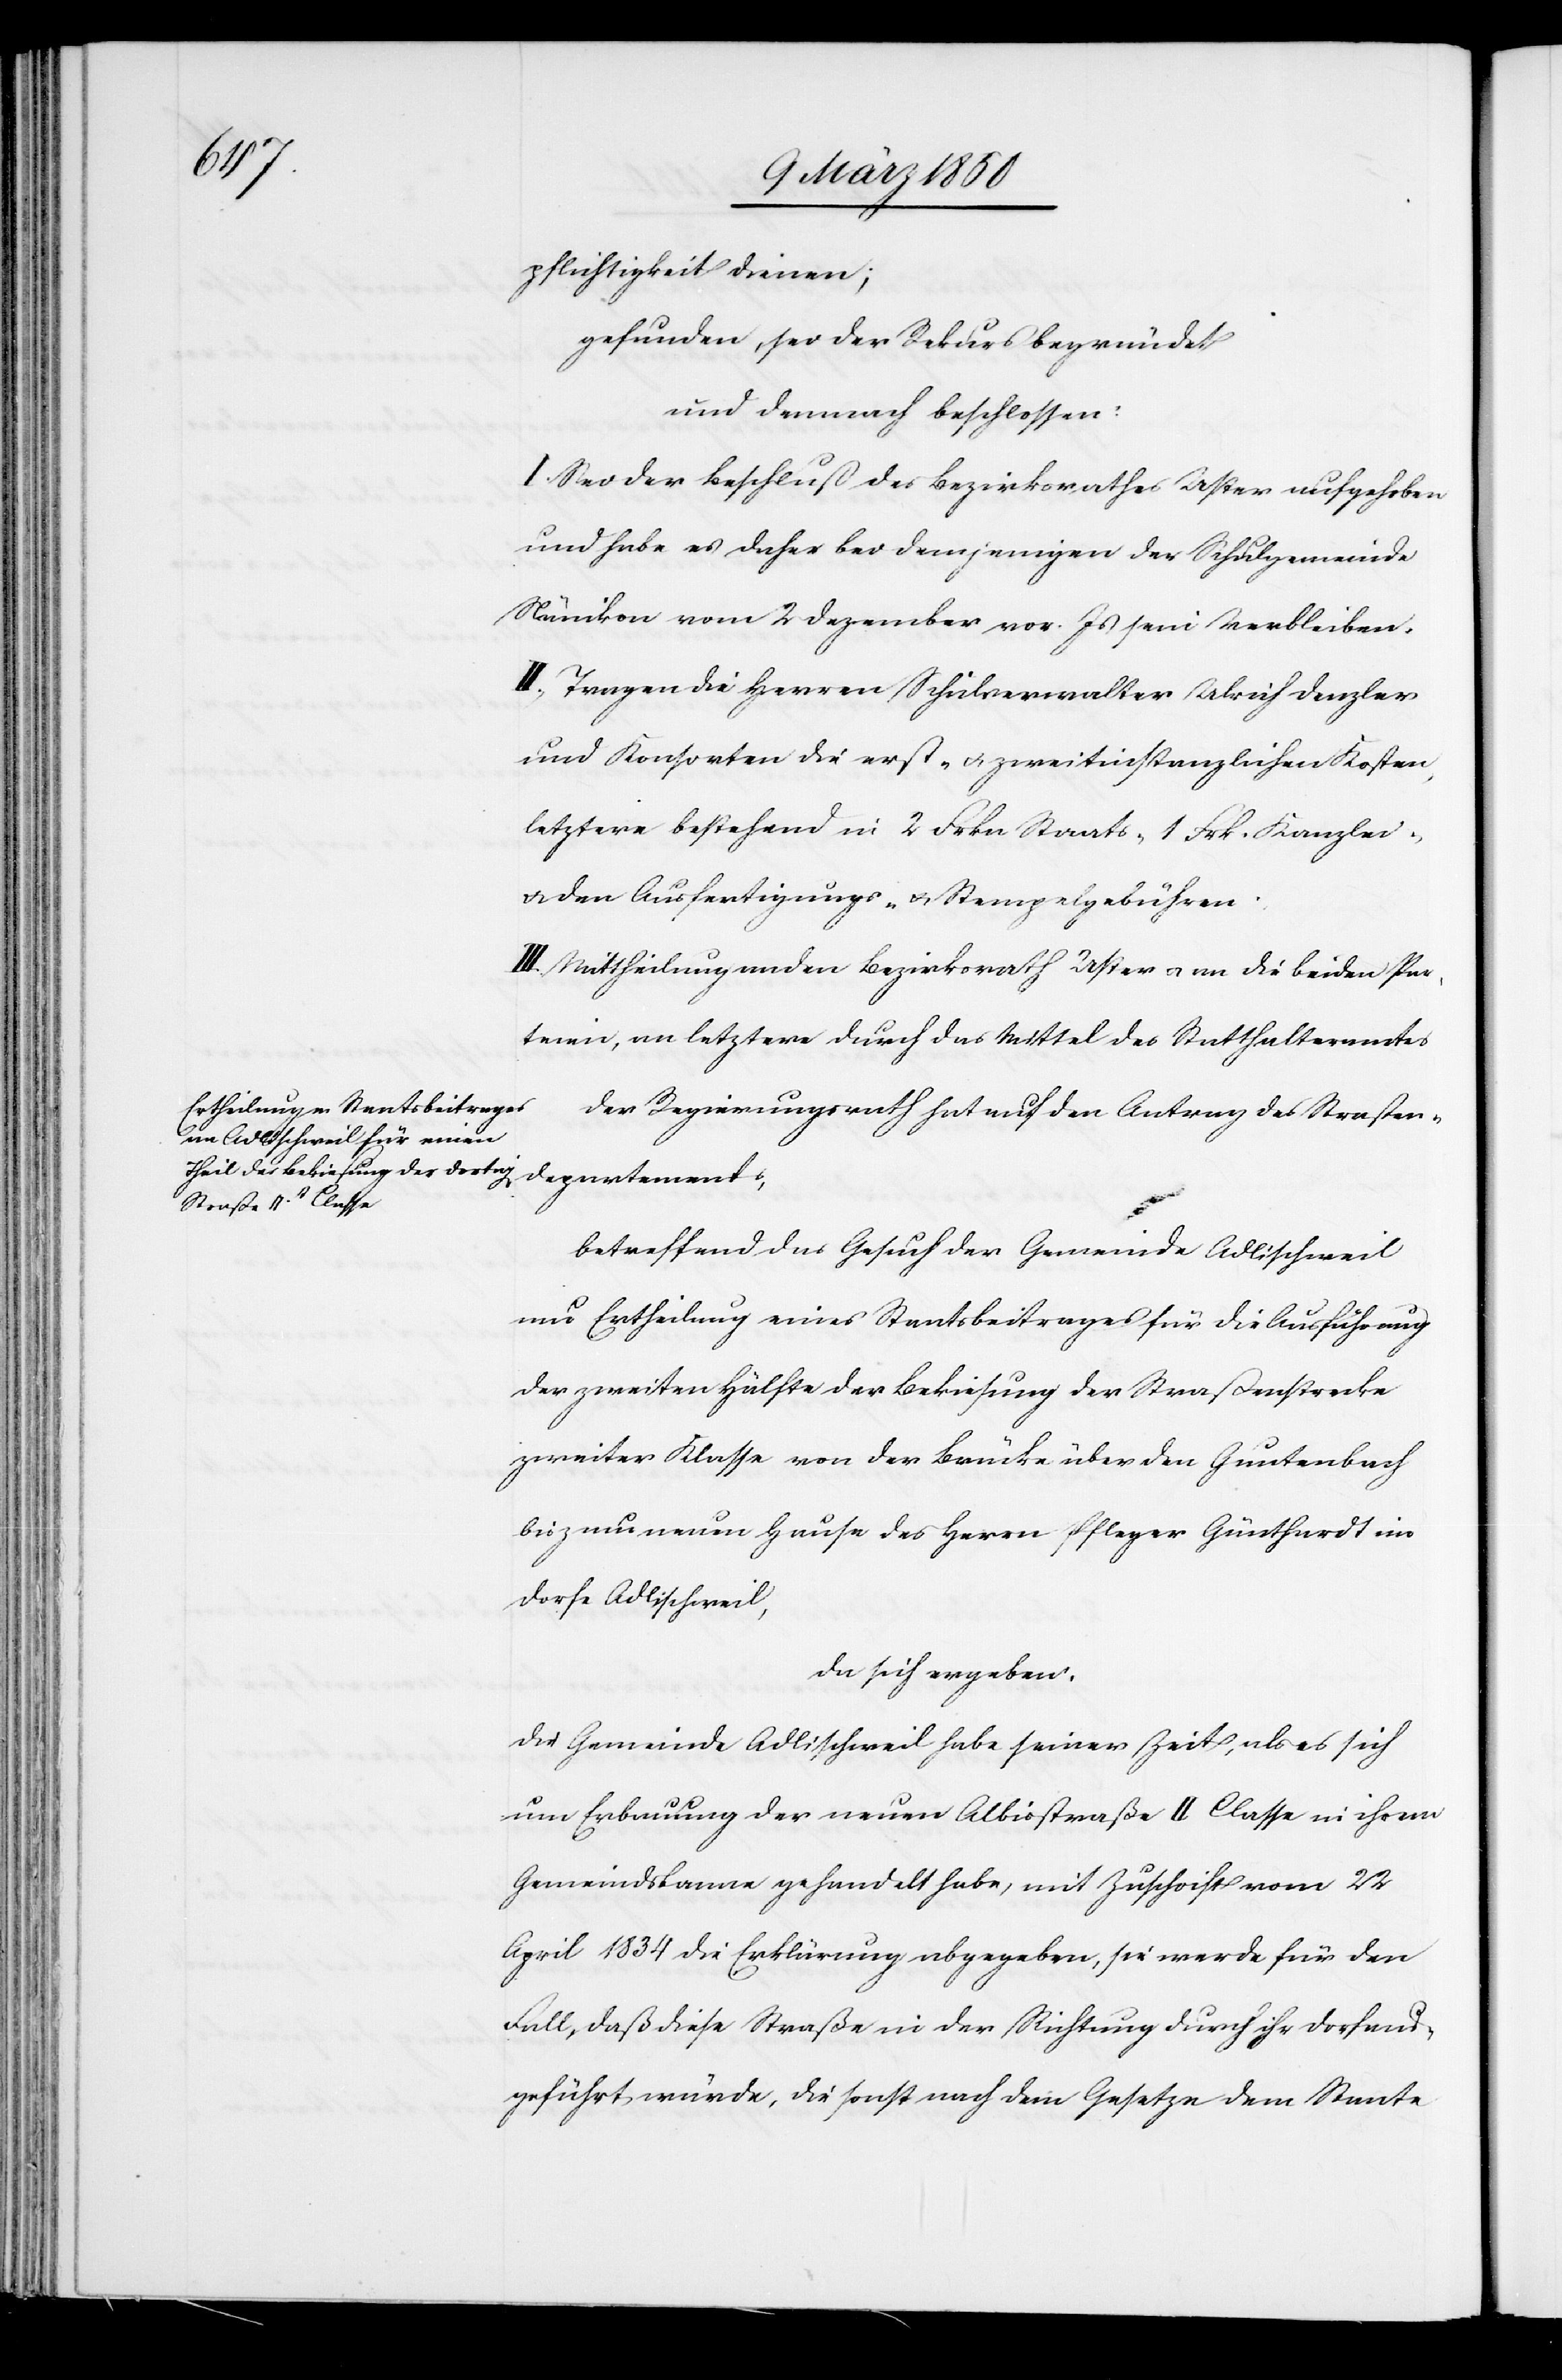
tements,
pflichtigkeit dienen;
gefunden, sei der Rekurs begründet
und demnach beschlossen:
I. Sei der Beschluß des Bezirksrathes Uster aufgehoben
und habe es daher bei demjenigen der Schulgemeinde
Nänikon vom 2 Dezember vor. Js sein Verbleiben.
II. Tragen die Herren Schulverwalter Ulrich Denzler
und Konsorten die erst- u. zweitinstanzlichen Kosten,
letztere bestehend in 2 Frkn Staats- 1 Frk. Kanzlei-
u. den Ausfertigungs- u. Stempelgebühren.
III. Mittheilung an den Bezirksrath Uster u. an die beiden Par¬
teien, an letztere durch das Mittel des Statthalteramtes
Der Regierungsrath hat auf den Antrag des Straßen¬
betreffend das Gesuch der Gemeinde Adlischweil
um Ertheilung eines Staatsbeitrages für die Ausführung
der zweiten Hälfte der Bekiesung der Straßenstrecke
zweiter Klasse von der Brücke über den Guntenbach
bis zum neuen Hause des Herrn Pfleger Günthardt im
Dorfe Adlischweil,
da sich ergeben:
Die Gemeinde Adlischweil habe seiner Zeit, als es sich
um Erbauung der neuen Albisstraße II Classe in ihrem
Gemeindsbanne gehandelt habe, mit Zuschrift vom 22
April 1834 die Erklärung abgegeben, sie werde für den
Fall, daß diese Staße in der Richtung durch ihr Dorf aus¬
geführt würde, die sonst nach dem Gesetze dem Staate